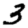
Digit: 3